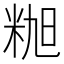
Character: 𰪸